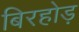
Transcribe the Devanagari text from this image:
बिरहोड़